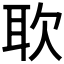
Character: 𫆁